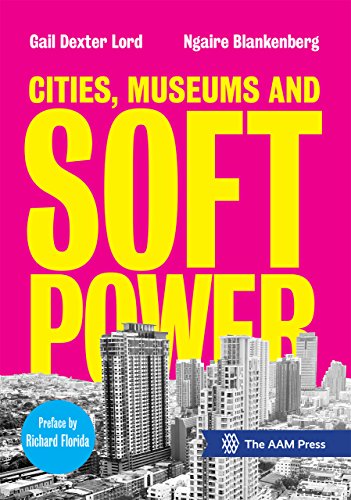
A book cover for Cities, Museums and Soft Power; Politics & Social Sciences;